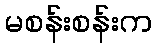
မစန်းစန်းက